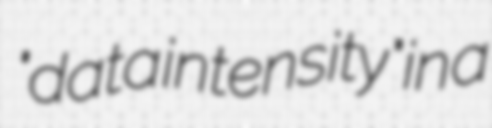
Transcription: "data intensity" in a